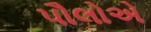
પૌલોએ